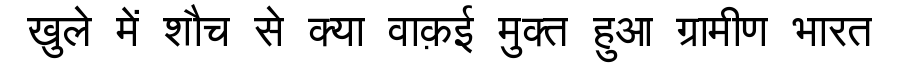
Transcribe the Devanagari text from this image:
खुले में शौच से क्या वाक़ई मुक्त हुआ ग्रामीण भारत